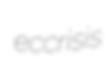
eccrisis